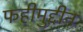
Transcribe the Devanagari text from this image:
फहीमुद्दीन